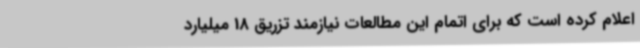
اعلام کرده است که برای اتمام این مطالعات نیازمند تزریق 18 میلیارد